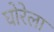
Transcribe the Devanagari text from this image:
घोरेला